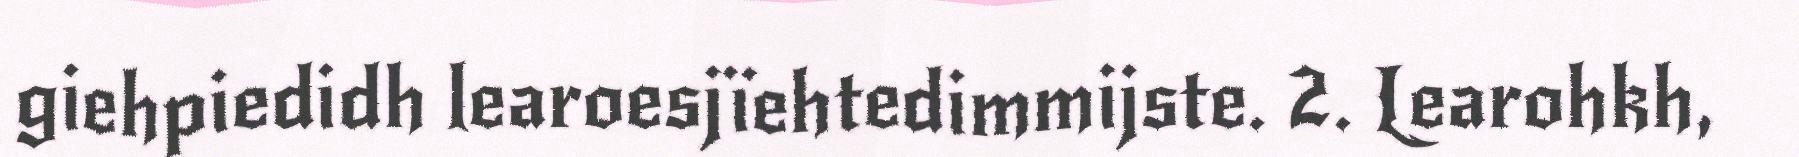
giehpiedidh learoesjïehtedimmijste. 2. Learohkh,